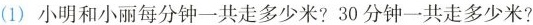
(1)小明和小丽每分钟一共走多少米?30分钟一共走多少米?